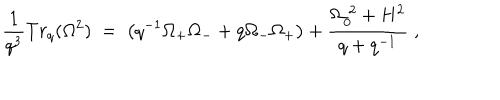
\frac { 1 } { q ^ { 3 } } T r _ { q } ( \Omega ^ { 2 } ) \; = \; \left( q ^ { - 1 } \Omega _ { + } \Omega _ { - } + q \Omega _ { - } \Omega _ { + } \right) + \frac { \Omega _ { 0 } ^ { \; 2 } + H ^ { 2 } } { q + q ^ { - 1 } } \; ,